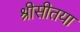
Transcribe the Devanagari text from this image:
श्रीसीतया